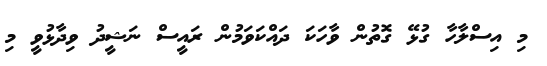
މި އިސްލާހާ ގުޅޭ ގޮތުން ވާހަކަ ދައްކަވަމުން ރައީސް ނަޝީދު ވިދާޅުވީ މި